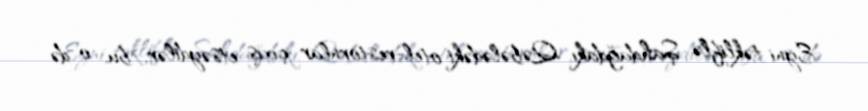
Eyni təkliflə Şahdağdakı, Qəbələdəki otel-restornlar çıxış etsəydilər, bu, o də